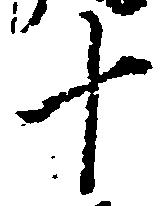
十